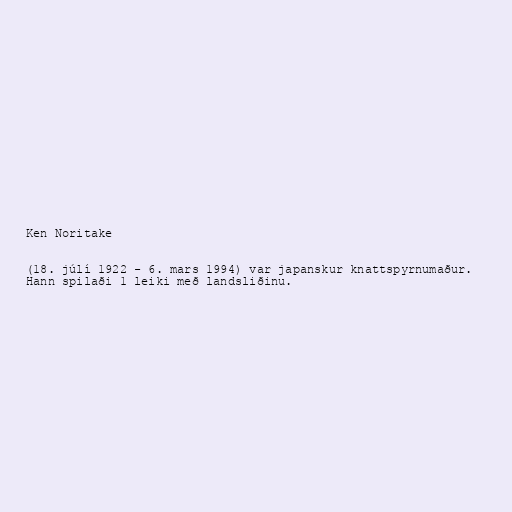
Ken Noritake

(18. júlí 1922 - 6. mars 1994) var japanskur knattspyrnumaður.
Hann spilaði 1 leiki með landsliðinu.